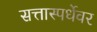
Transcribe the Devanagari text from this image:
सत्तास्पर्धेवर